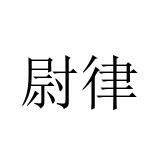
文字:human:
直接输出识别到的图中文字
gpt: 尉律